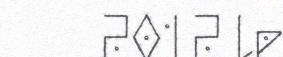
2012 le